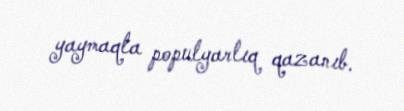
yaymaqla populyarlıq qazanıb.